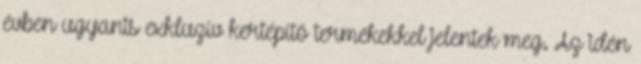
évben ugyanis exkluzív kertépítő termékekkel jelentek meg. Az idén